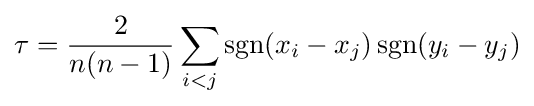
\tau ={\frac {2}{n(n-1)}}\sum _{i<j}\operatorname {sgn} (x_{i}-x_{j})\operatorname {sgn} (y_{i}-y_{j})